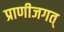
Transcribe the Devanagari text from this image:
प्राणीजगत्